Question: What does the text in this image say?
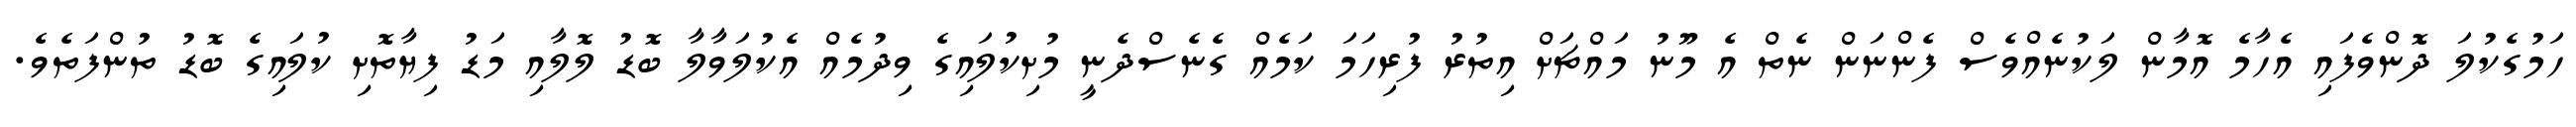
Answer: ހަމުގެކުލަ ދޮންވެފައި އެހާމެ އޮމާން ލަކުނެއްވެސް ފެންނަން ނެތް އެ މޫނު މައްޗަށް އިތުރު ފުރިހަމަ ކަމެއް ގެނެސްދެނީ މުށިކުލައިގެ ވިދުމެއް އެކުލަވާލާ ބޮޑު ލޮލާއި މަޑު ފިޔާތޮށި ކުލައިގެ ބޮޑު ތުންފަތެވެ.